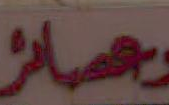
وعصائر